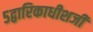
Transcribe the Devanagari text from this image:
५द्वारिकाधीशजी